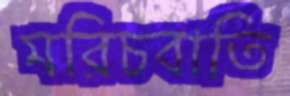
মরিচবাতি